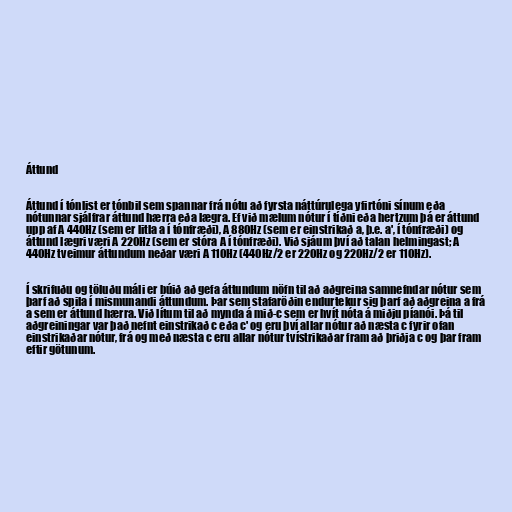
Áttund

Áttund í tónlist er tónbil sem spannar frá nótu að fyrsta náttúrulega yfirtóni sínum eða
nótunnar sjálfrar áttund hærra eða lægra. Ef við mælum nótur í tíðni eða hertzum þá er áttund
upp af A 440Hz (sem er litla a í tónfræði), A 880Hz (sem er einstrikað a, þ.e. a', í tónfræði) og
áttund lægri væri A 220Hz (sem er stóra A í tónfræði). Við sjáum því að talan helmingast; A
440Hz tveimur áttundum neðar væri A 110Hz (440Hz/2 er 220Hz og 220Hz/2 er 110Hz).

Í skrifuðu og töluðu máli er búið að gefa áttundum nöfn til að aðgreina samnefndar nótur sem
þarf að spila í mismunandi áttundum. Þar sem stafaröðin endurtekur sig þarf að aðgreina a frá
a sem er áttund hærra. Við lítum til að mynda á mið-c sem er hvít nóta á miðju píanói. Þá til
aðgreiningar var það nefnt einstrikað c eða c' og eru því allar nótur að næsta c fyrir ofan
einstrikaðar nótur, frá og með næsta c eru allar nótur tvístrikaðar fram að þriðja c og þar fram
eftir götunum.